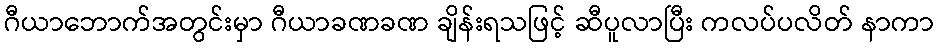
ဂီယာဘောက်အတွင်းမှာ ဂီယာခဏခဏ ချိန်းရသဖြင့် ဆီပူလာပြီး ကလပ်ပလိတ် နာကာ